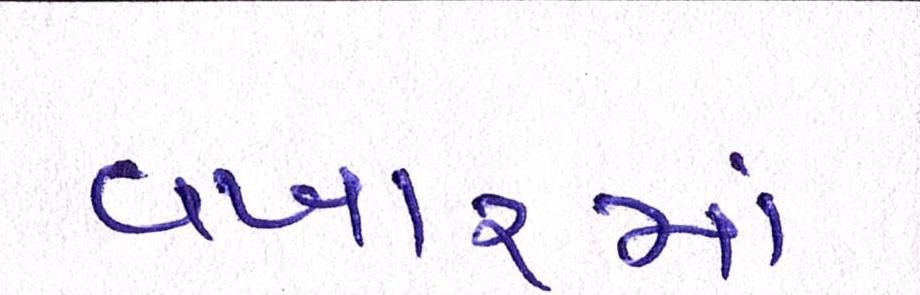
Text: વખારમાં